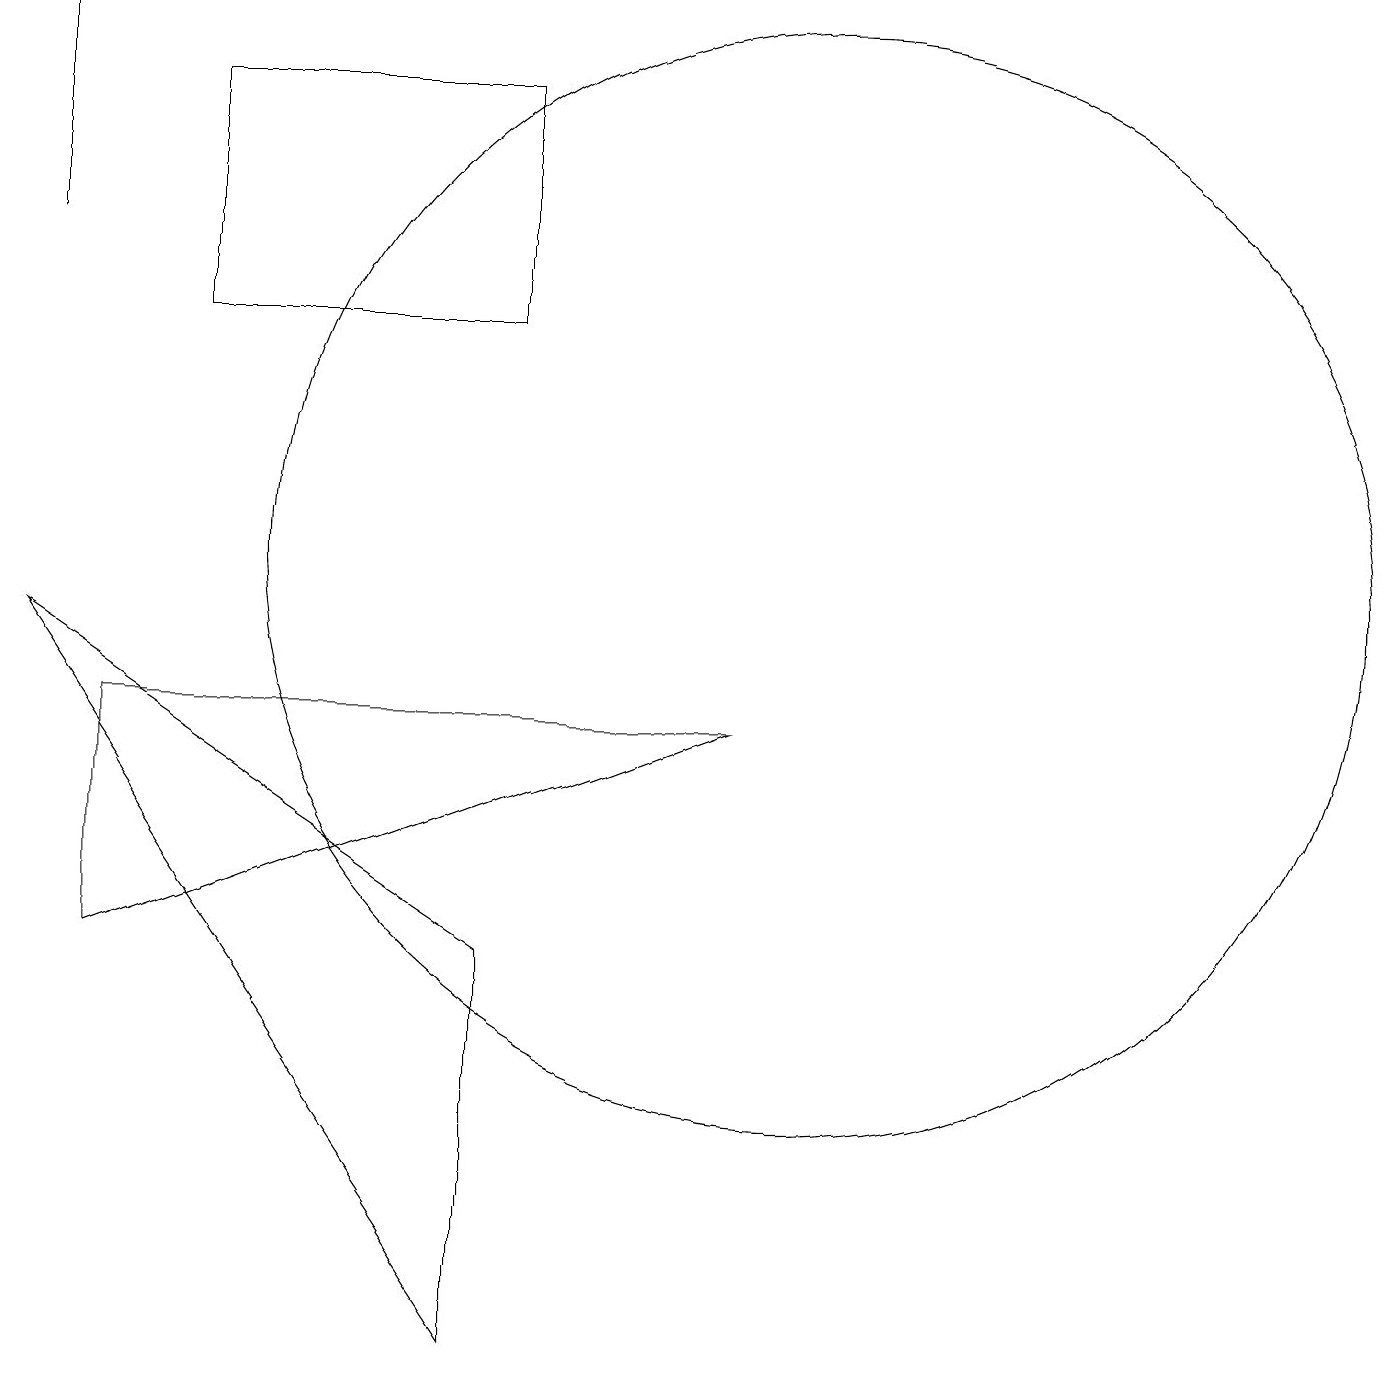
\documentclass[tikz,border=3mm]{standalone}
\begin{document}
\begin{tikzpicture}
\draw (1,5) -- (9,8) -- (1,8) -- cycle;
\draw (2,16) rectangle (6,13);
\draw (6,0) -- (6,5) -- (0,9) -- cycle;
\draw (0,14) rectangle (0,17);
\draw (10,10) circle (7);
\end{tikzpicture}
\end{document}